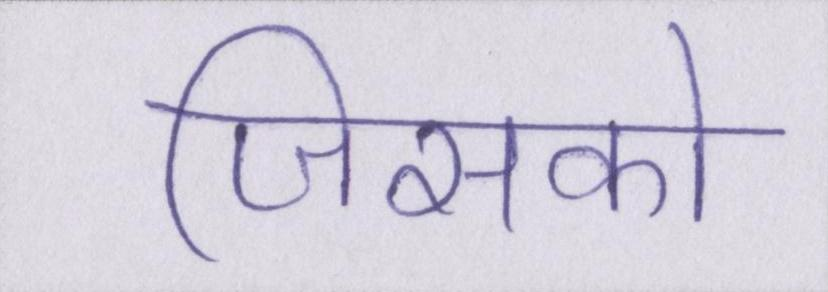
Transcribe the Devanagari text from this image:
जिसको